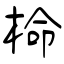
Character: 椧